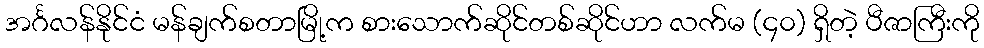
အင်္ဂလန်နိုင်ငံ မန်ချက်စတာမြို့က စားသောက်ဆိုင်တစ်ဆိုင်ဟာ လက်မ (၄၀) ရှိတဲ့ ပီဇာကြီးကို